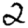
Digit: 2